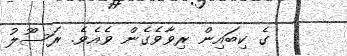
ގެ ކިބައިން ރިވާވެގެން ވެއެވެ. ރަސޫލު